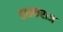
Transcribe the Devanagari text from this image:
तक्षकराज